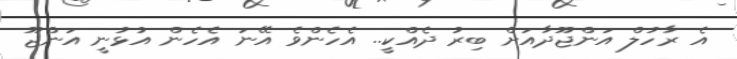
އެ ރާހުލް އަންޖޫދާއަށް ބިރު ދެއްކީ.. އެހެންވެ އޭނަ އެހެން އުޅުނީ އަންޖޫ